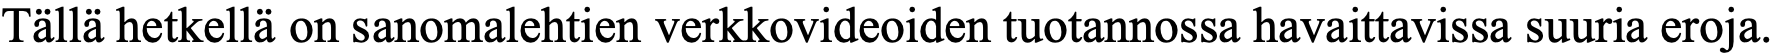
Tällä hetkellä on sanomalehtien verkkovideoiden tuotannossa havaittavissa suuria eroja.